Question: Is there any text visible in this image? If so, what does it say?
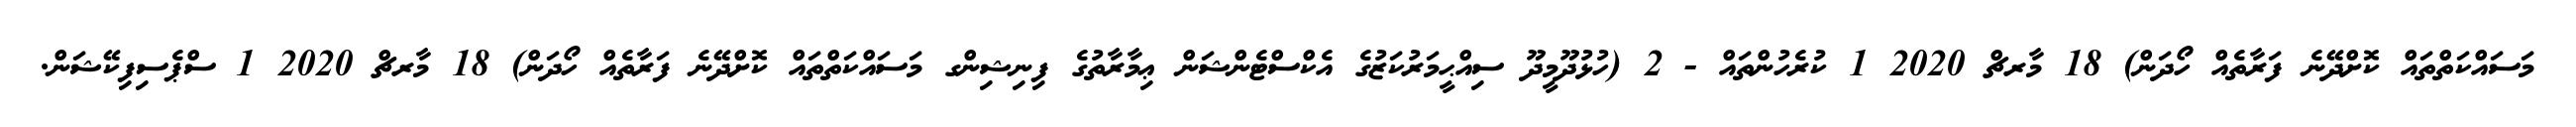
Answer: މަސައްކަތްތައް ކޮށްދޭނެ ފަރާތެއް ހޯދަން) 18 މާރޗް 2020 1 ކުރެހުންތައް - 2 (ހުޅުދޫމީދޫ ސިއްޙީމަރުކަޒުގެ އެކްސްޓެންޝަން ޢިމާރާތުގެ ފިނިޝިންގ މަސައްކަތްތައް ކޮށްދޭނެ ފަރާތެއް ހޯދަން) 18 މާރޗް 2020 1 ސްޕެސިފިކޭޝަން.